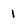
Character: 1